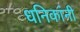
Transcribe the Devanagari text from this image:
धनिकांनी